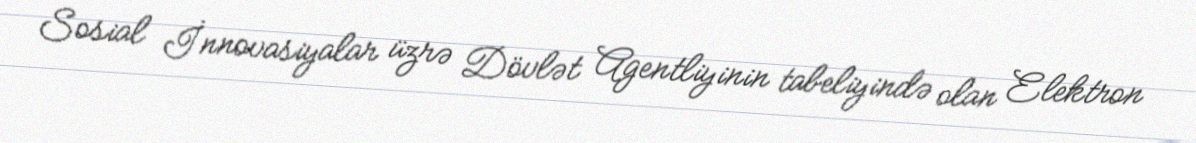
Sosial İnnovasiyalar üzrə Dövlət Agentliyinin tabeliyində olan Elektron